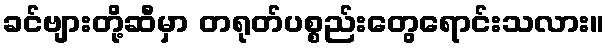
ခင်ဗျားတို့ဆီမှာ တရုတ်ပစ္စည်းတွေရောင်းသလား။